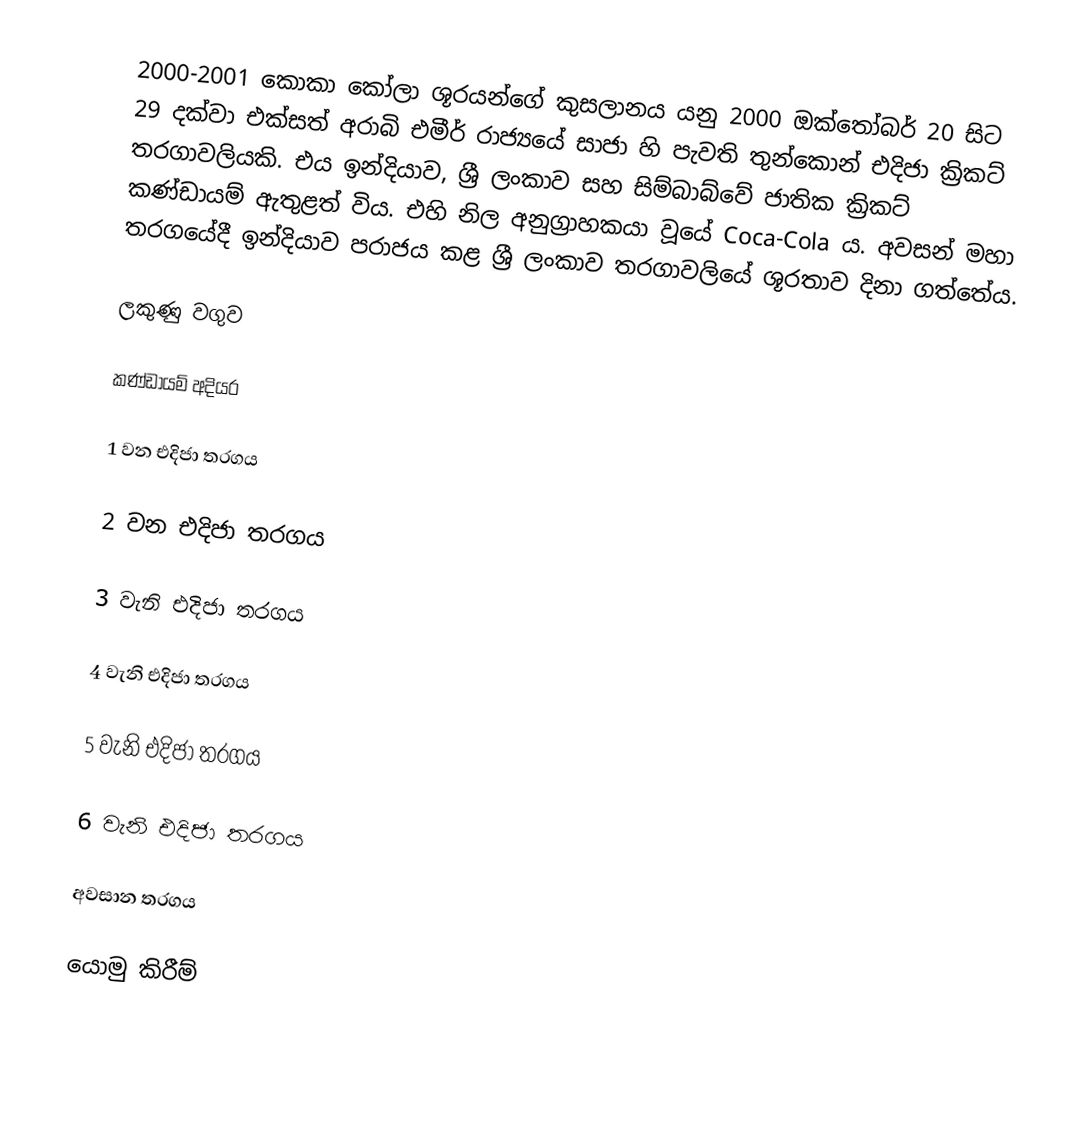
2000-2001 කොකා කෝලා ශූරයන්ගේ කුසලානය යනු 2000 ඔක්තෝබර් 20 සිට 29 දක්වා එක්සත් අරාබි එමීර් රාජ්‍යයේ සාජා හි පැවති තුන්කොන් එදිජා ක්‍රිකට් තරගාවලියකි.  එය ඉන්දියාව, ශ්‍රී ලංකාව සහ සිම්බාබ්වේ ජාතික ක්‍රිකට් කණ්ඩායම් ඇතුළත් විය. එහි නිල අනුග්‍රාහකයා වූයේ Coca-Cola ය. අවසන් මහා තරගයේදී ඉන්දියාව පරාජය කළ ශ්‍රී ලංකාව තරගාවලියේ ශූරතාව දිනා ගත්තේය.

ලකුණු වගුව

කණ්ඩායම් අදියර

1 වන එදිජා තරගය

2 වන එදිජා තරගය

3 වැනි එදිජා තරගය

4 වැනි එදිජා තරගය

5 වැනි එදිජා තරගය

6 වැනි එදිජා තරගය

අවසාන තරගය

යොමු කිරීම්